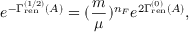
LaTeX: e ^ { - \Gamma _ { \mathrm { r e n } } ^ { ( 1 / 2 ) } ( A ) } = ( { \frac { m } { \mu } } ) ^ { n _ { F } } e ^ { 2 \Gamma _ { \mathrm { r e n } } ^ { ( 0 ) } ( A ) } ,